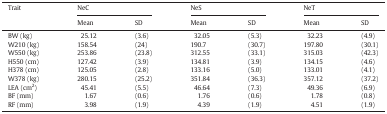
<table><thead><tr><td><b>Trait</b></td><td colspan="2"><b>NeC</b></td><td colspan="2"><b>NeS</b></td><td colspan="2"><b>NeT</b></td></tr><tr><td><b>Mean</b></td><td><b>SD</b></td><td><b>Mean</b></td><td><b>SD</b></td><td><b>Mean</b></td><td><b>SD</b></td></tr></thead><tbody><tr><td>BW (kg)</td><td>25.12</td><td>(3.6)</td><td>32.05</td><td>(5.3)</td><td>32.23</td><td>(4.9)</td></tr><tr><td>W210 (kg)</td><td>158.54</td><td>(24)</td><td>190.7</td><td>(30.7)</td><td>197.80</td><td>(30.1)</td></tr><tr><td>W550 (kg)</td><td>253.86</td><td>(23.8)</td><td>312.55</td><td>(33.1)</td><td>315.03</td><td>(42.3)</td></tr><tr><td>H550 (cm)</td><td>127.42</td><td>(3.9)</td><td>134.81</td><td>(3.9)</td><td>134.15</td><td>(4.6)</td></tr><tr><td>H378 (cm)</td><td>125.05</td><td>(2.8)</td><td>133.16</td><td>(5.0)</td><td>133.01</td><td>(4.1)</td></tr><tr><td>W378 (kg)</td><td>280.15</td><td>(25.2)</td><td>351.84</td><td>(36.3)</td><td>357.12</td><td>(37.2)</td></tr><tr><td>LEA (cm<sup>2</sup>)</td><td>45.41</td><td>(5.5)</td><td>46.64</td><td>(7.3)</td><td>49.36</td><td>(6.9)</td></tr><tr><td>BF (mm)</td><td>1.67</td><td>(0.6)</td><td>1.76</td><td>(0.6)</td><td>1.78</td><td>(0.8)</td></tr><tr><td>RF (mm)</td><td>3.98</td><td>(1.9)</td><td>4.39</td><td>(1.9)</td><td>4.51</td><td>(1.9)</td></tr></tbody></table>